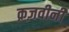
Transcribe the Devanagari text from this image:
क़ज़वीनी